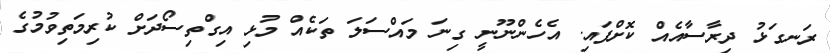
ރަނގަޅު ދިރާސާއެއް ކޮށްފައި. އެހެންނޫނީ ގިނަ މައްސަލަ ތަކެއް މުޅި އިގްތިސޯދަށް ކުރިމަތިވުމުގެ